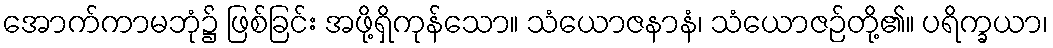
အောက်ကာမဘုံ၌ ဖြစ်ခြင်း အဖို့ရှိကုန်သော။ သံယောဇနာနံ၊ သံယောဇဉ်တို့၏။ ပရိက္ခယာ၊